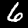
Digit: 6